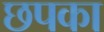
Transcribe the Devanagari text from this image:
छपका